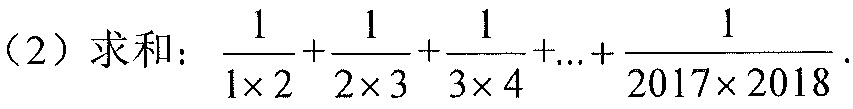
（2）求和：\(\frac{1}{1\times 2}+\frac{1}{2\times 3}+\frac{1}{3\times 4}+...+\frac{1}{2017\times 2018}\).